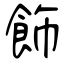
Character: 飾